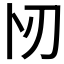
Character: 𠧓